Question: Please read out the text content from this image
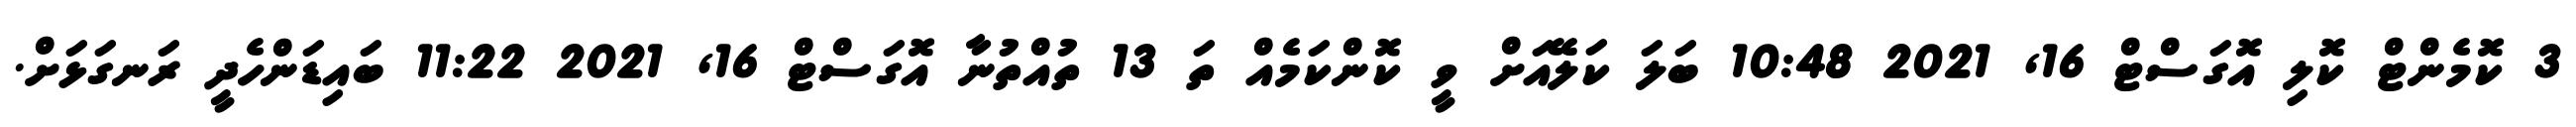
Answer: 3 ކޮމެންޓް ކޮލި އޮގަސްޓް 16, 2021 10:48 ބަލަ ކަލޭއަށް ވީ ކޮންކަމެއް ތަ 13 ތުއްތުނާ އޮގަސްޓް 16, 2021 11:22 ބައިޑަންހެދީ ރަނގަޅަށް.